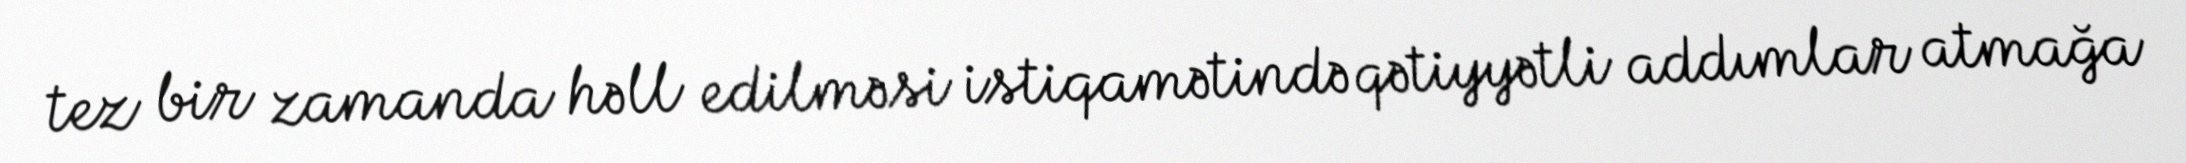
tez bir zamanda həll edilməsi istiqamətində qətiyyətli addımlar atmağa